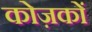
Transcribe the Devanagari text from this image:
कोज़कों